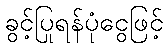
ခွင့်ပြုရန်ပုံငွေဖြင့်